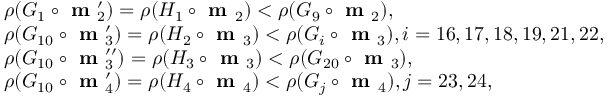
\begin{array} { r l } & { \rho ( G _ { 1 } \circ \textbf { m } _ { 2 } ^ { \prime } ) = \rho ( H _ { 1 } \circ \textbf { m } _ { 2 } ) < \rho ( G _ { 9 } \circ \textbf { m } _ { 2 } ) , } \\ & { \rho ( G _ { 1 0 } \circ \textbf { m } _ { 3 } ^ { \prime } ) = \rho ( H _ { 2 } \circ \textbf { m } _ { 3 } ) < \rho ( G _ { i } \circ \textbf { m } _ { 3 } ) , i = 1 6 , 1 7 , 1 8 , 1 9 , 2 1 , 2 2 , } \\ & { \rho ( G _ { 1 0 } \circ \textbf { m } _ { 3 } ^ { \prime \prime } ) = \rho ( H _ { 3 } \circ \textbf { m } _ { 3 } ) < \rho ( G _ { 2 0 } \circ \textbf { m } _ { 3 } ) , } \\ & { \rho ( G _ { 1 0 } \circ \textbf { m } _ { 4 } ^ { \prime } ) = \rho ( H _ { 4 } \circ \textbf { m } _ { 4 } ) < \rho ( G _ { j } \circ \textbf { m } _ { 4 } ) , j = 2 3 , 2 4 , } \end{array}